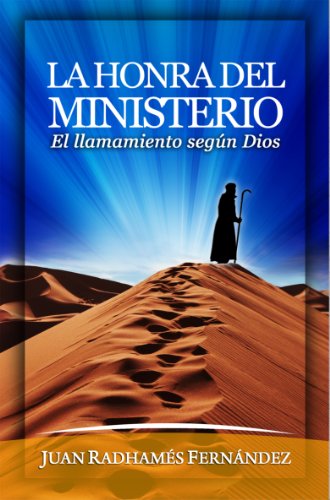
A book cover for La Honra del Ministerio (Spanish Edition); Juan RadhamÃ©s FernÃ¡ndez; Christian Books & Bibles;